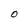
Character: 0